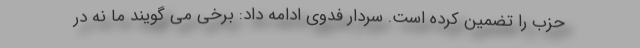
حزب را تضمین کرده است. سردار فدوی ادامه داد: برخی می گویند ما نه در